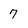
Character: 7